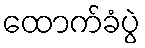
ထောက်ခံပွဲ